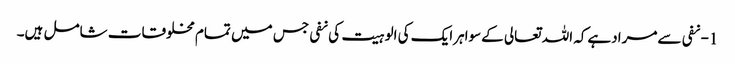
1- نفی سےمرادہےکہ اللہ تعالی کےسواہرایک کی الوہیت کی نفی جس میں تمام مخلوقات شامل ہیں۔